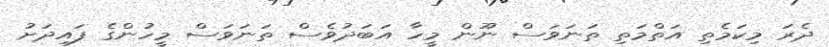
ދެރަ މިކަމެތި އަތްމަތި ތަނަވަސް ނޫން މީހާ އަބަދުވެސް ތަނަވަސް މީހުންގެ ފައިދަށު